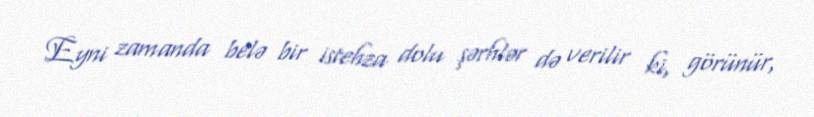
Eyni zamanda belə bir istehza dolu şərhlər də verilir ki, görünür,